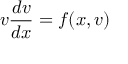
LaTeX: v { \frac { d v } { d x } } = f ( x , v )